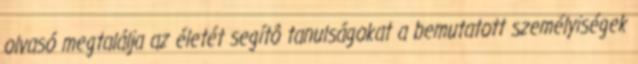
olvasó megtalálja az életét segítô tanulságokat a bemutatott személyiségek